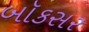
બૉકસર